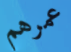
عمرهم